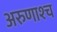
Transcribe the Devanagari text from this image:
अरुणाश्‍च